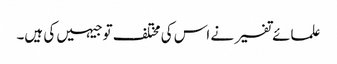
علمائے تفسیر نے اس کی مختلف توجیہیں کی ہیں۔